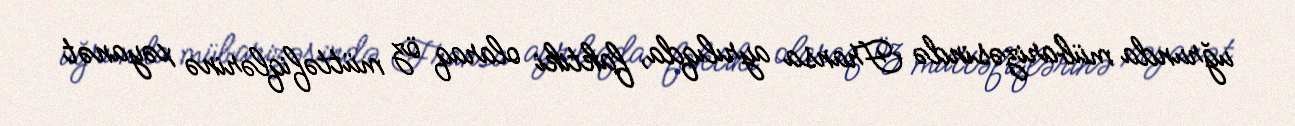
uğrunda mübarizəsində Fransa ayrılıqda, faktiki olaraq öz müttəfiqlərinə xəyanət